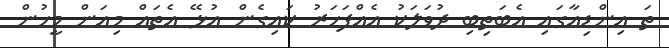
ތަ އިންޑިއާގައި އެބަތިބި ދުވަލަކު އެއްފަހަރު ކައިގެން އުޅޭ އެތައް މިއަން މީހުން